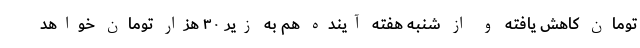
تومان کاهش یافته و از شنبه هفته آینده هم به زیر ۳۰ هزار تومان خواهد